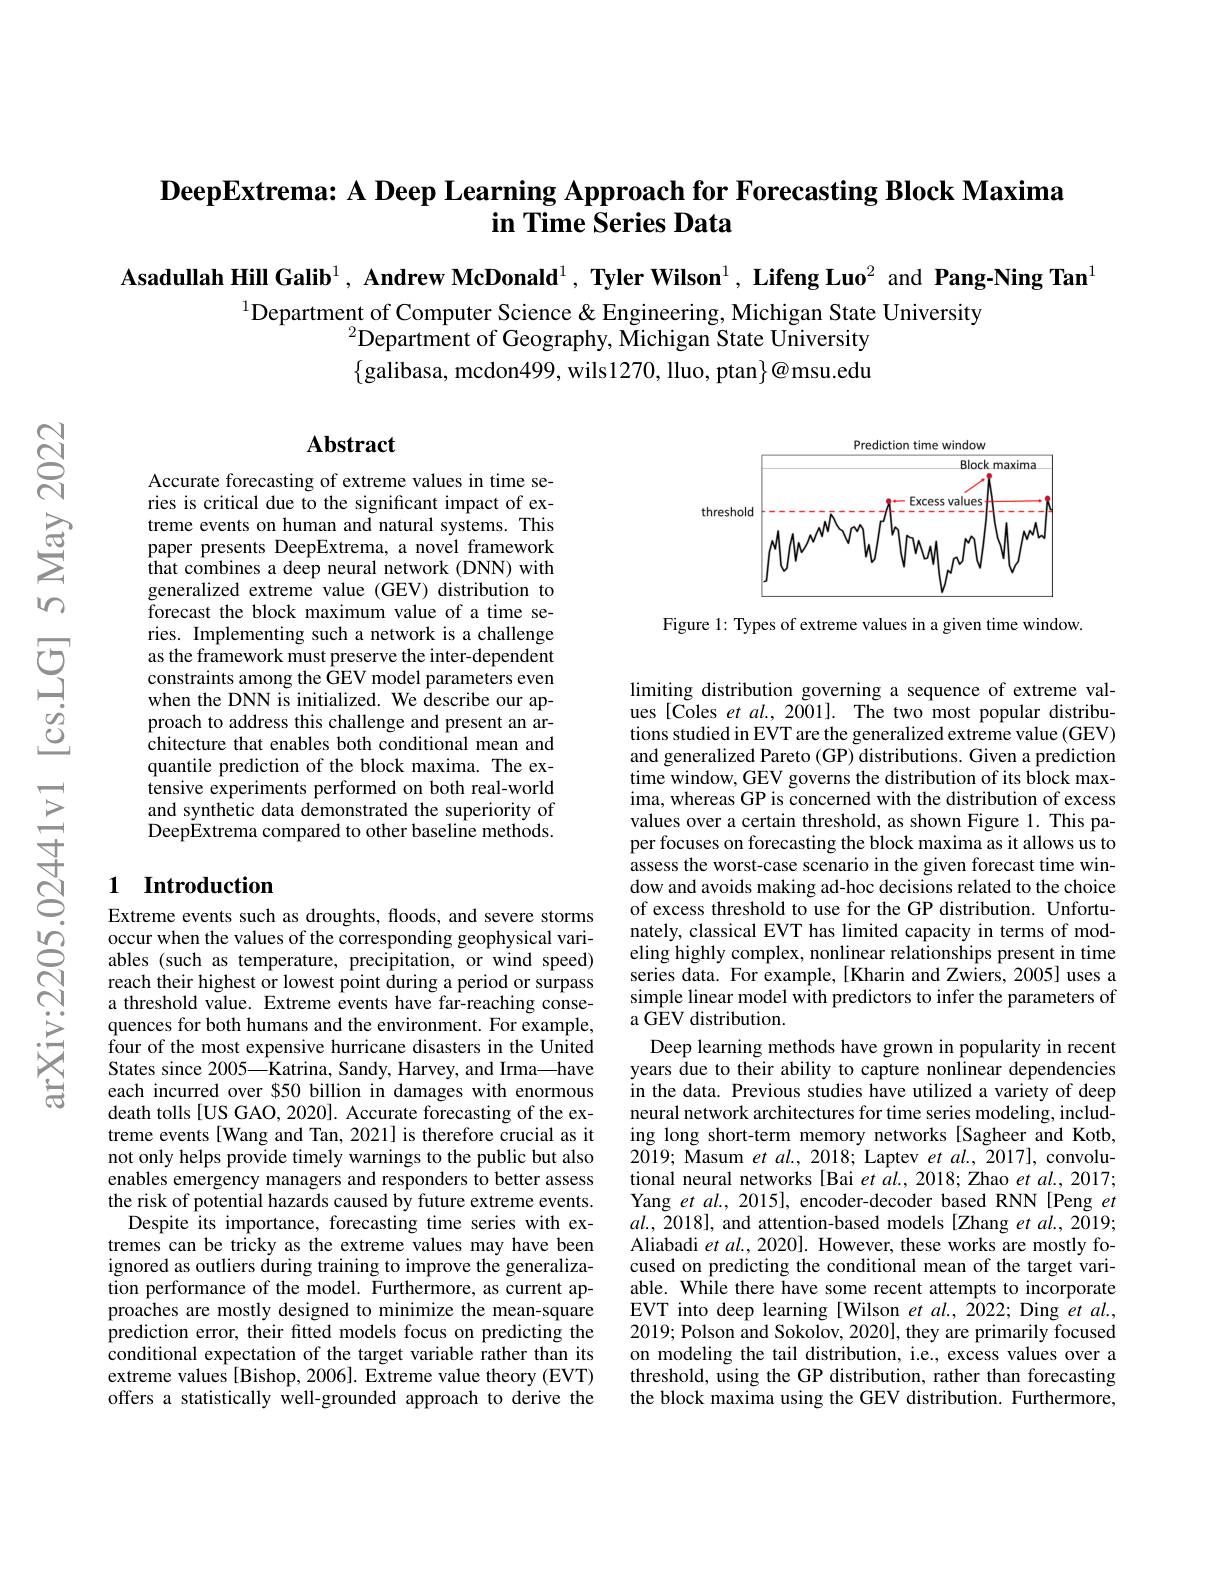
# DeepExtrema: A Deep Learning Approach for Forecasting Block Maxima in Time Series Data

Asadullah Hill Galib$^1,\textbf{ Andrew McDonald}^1,\textbf{ Tyler Wilson}^1,\textbf{ Lifeng Luo}^2$ and Pang-Ning Tan$^1$

$^{1}$Department of Computer Science & Engineering, Michigan State University
$^{2}$Department of Geography, Michigan State University $\{$galibasa, mcdon499, wils1270, lluo, ptan$\}@$msu.edu

## Abstract

Accurate forecasting of extreme values in time series is critical due to the significant impact of extreme events on human and natural systems. This paper presents DeepExtrema, a novel framework that combines a deep neural network (DNN) with generalized extreme value (GEV) distribution to forecast the block maximum value of a time series. Implementing such a network is a challenge as the framework must preserve the inter-dependent constraints among the $\hat{\text{GEV}}$ model parameters even when the DNN is initialized. We describe our approach to address this challenge and present an architecture that enables both conditional mean and quantile prediction of the block maxima. The extensive experiments performed on both real-world and synthetic data demonstrated the superiority of DeepExtrema compared to other baseline methods.

## 1 Introduction

Extreme events such as droughts, floods, and severe storms occur when the values of the corresponding geophysical variables (such as temperature, precipitation, or wind speed) reach their highest or lowest point during a period or surpass a threshold value. Extreme events have far-reaching consequences for both humans and the environment. For example, four of the most expensive hurricane disasters in the United States since 2005—Katrina, Sandy, Harvey, and Irma—have each incurred over $50 billion in damages with enormous death tolls [US GAO, 2020]. Accurate forecasting of the extreme events[Wang and Tan, 2021] is therefore crucial as it not only helps provide timely warnings to the public but also enables emergency managers and responders to better assess the risk of potential hazards caused by future extreme events. Despite its importance, forecasting time series with extremes can be tricky as the extreme values may have been ignored as outliers during training to improve the generalization performance of the model. Furthermore, as current approaches are mostly designed to minimize the mean-square prediction error, their fitted models focus on predicting the conditional expectation of the target variable rather than its extreme values[Bishop, 2006]. Extreme value theory (EVT) offers a statistically well-grounded approach to derive the

<FigureHere>

Figure 1: Types of extreme values in a given time window.

limiting distribution governing a sequence of extreme values [Coles et al., 2001]. The two most popular distributions studied in EVT are the generalized extreme value (GEV) and generalized Pareto (GP) distributions. Given a prediction time window, GEV governs the distribution of its block maxima, whereas GP is concerned with the distribution of excess values over a certain threshold, as shown Figure 1. This paper focuses on forecasting the block maxima as it allows us to assess the worst-case scenario in the given forecast time window and avoids making ad-hoc decisions related to the choice of excess threshold to use for the GP distribution. Unfortunately, classical EVT has limited capacity in terms of modeling highly complex, nonlinear relationships present in time series data. For example, [Kharin and Zwiers, 2005] uses a simple linear model with predictors to infer the parameters of a GEV distribution.
Deep learning methods have grown in popularity in recent years due to their ability to capture nonlinear dependencies in the data. Previous studies have utilized a variety of deep neural network architectures for time series modeling, including long short-term memory networks [Sagheer and Kotb, 2019; Masum et al., 2018; Laptev et al., 2017], convolutional neural networks [Bai et al., 2018; Zhao et al., 2017; Yang et $al.,2015]$, encoder-decoder based RNN[Peng et $al.,2018]$, and attention-based models [Zhang et al., 2019; Aliabadi $etal.,2020].$ However, these works are mostly focused on predicting the conditional mean of the target variable. While there have some recent attempts to incorporate EVT into deep learning [Wilson et al., 2022; Ding et al. 2019; Polson and Sokolov, 2020], they are primarily focused on modeling the tail distribution, i.e., excess values over a threshold, using the GP distribution, rather than forecasting the block maxima using the GEV distribution. Furthermore,